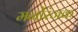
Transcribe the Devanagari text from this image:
मनोंरंजक